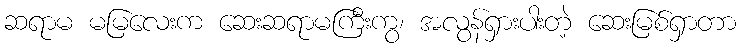
ဆရာမ မမြလေးက ဆေးဆရာမကြီးကွ၊ အလွန်ရှားပါးတဲ့ ဆေးမြစ်ရှာတာ